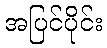
အပြင်ပိုင်း